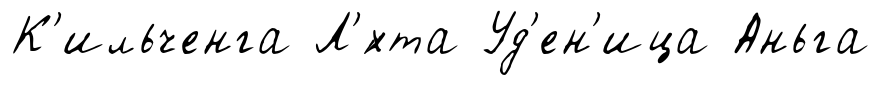
К'ильченга Л'́хта Уд'ен'ица Аньга